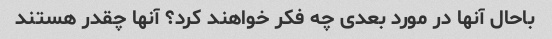
باحال آنها در مورد بعدی چه فکر خواهند کرد؟ آنها چقدر هستند